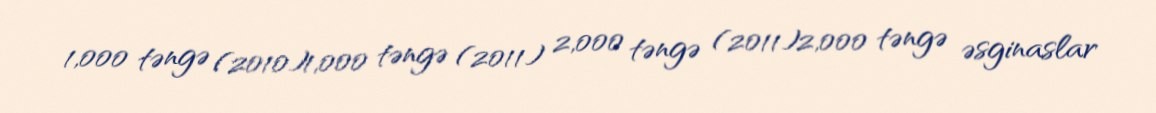
1,000 təngə (2010)1,000 təngə (2011) 2,000 təngə (2011)2,000 təngə əsginaslar